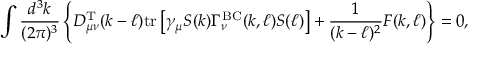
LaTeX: \int \frac { d ^ { 3 } k } { ( 2 \pi ) ^ { 3 } } \left\{ D _ { \mu \nu } ^ { \mathrm { T } } ( k - \ell ) \mathrm { t r } \left[ \gamma _ { \mu } S ( k ) \Gamma _ { \nu } ^ { \mathrm { B C } } ( k , \ell ) S ( \ell ) \right] + \frac { 1 } { ( k - \ell ) ^ { 2 } } F ( k , \ell ) \right\} = 0 ,